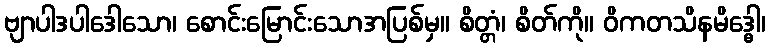
ဗျာပါဒပါဒေါသော၊ စောင်းမြောင်းသောအပြစ်မှ။ စိတ္တံ၊ စိတ်ကို။ ဝိကတသိနမိဒ္ဓေါ၊